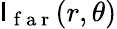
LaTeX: \mathsf{I}_{\mathrm{{~f~a~r~}}}(r,\theta)